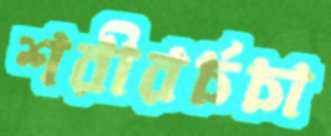
শরীরর্চচা